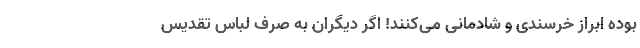
بوده ابراز خرسندی و شادمانی می‌کنند! اگر دیگران به صرف لباس تقدیس